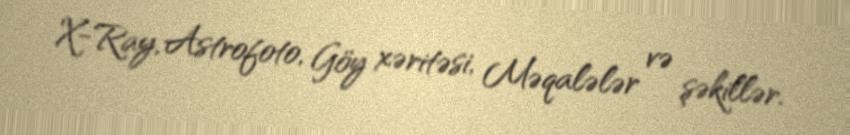
X-Ray, Astrofoto, Göy xəritəsi, Məqalələr və şəkillər.